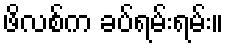
ဖိလစ်က ခပ်ရမ်းရမ်း။